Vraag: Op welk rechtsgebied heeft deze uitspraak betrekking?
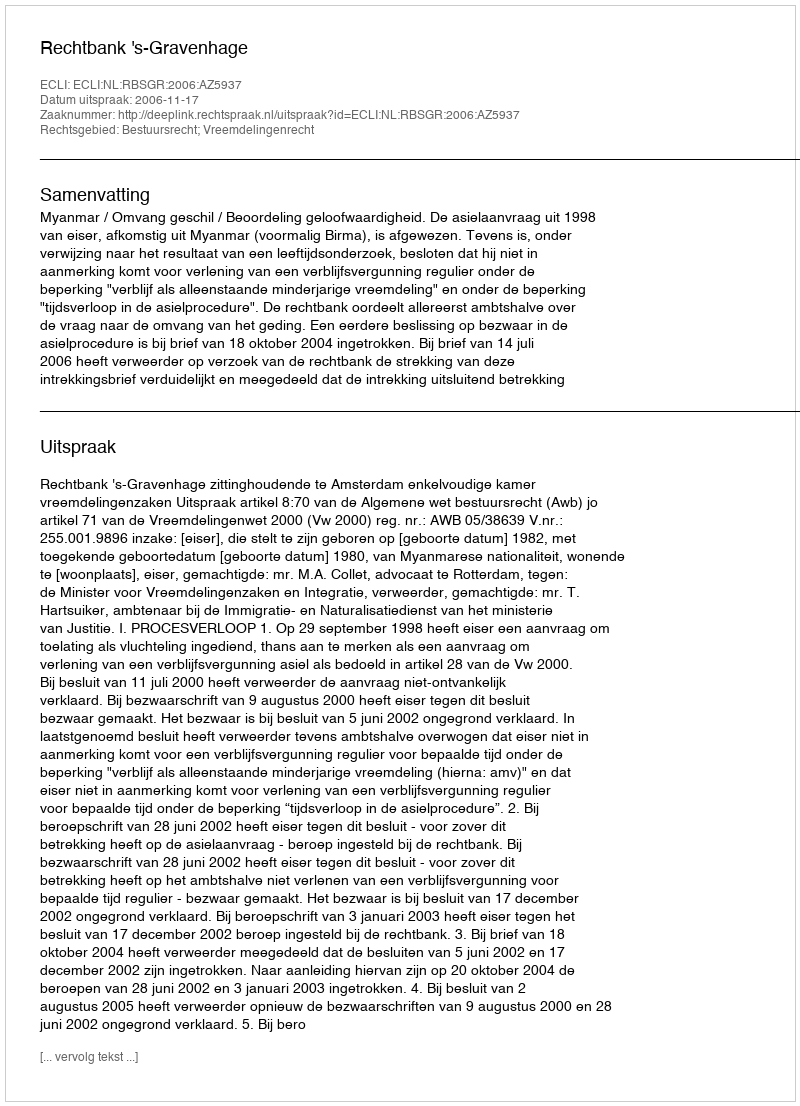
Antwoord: Bestuursrecht; Vreemdelingenrecht